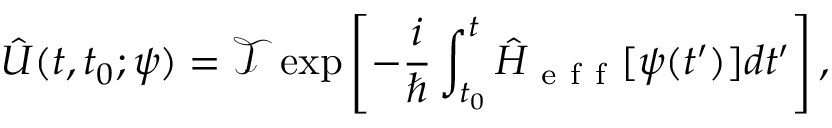
\hat { U } ( t , t _ { 0 } ; \psi ) = \mathcal { T } \exp \left[ - \frac { i } { \hbar } \int _ { t _ { 0 } } ^ { t } \hat { H } _ { \mathrm { ~ e ~ f ~ f ~ } } [ \psi ( t ^ { \prime } ) ] d t ^ { \prime } \right] ,